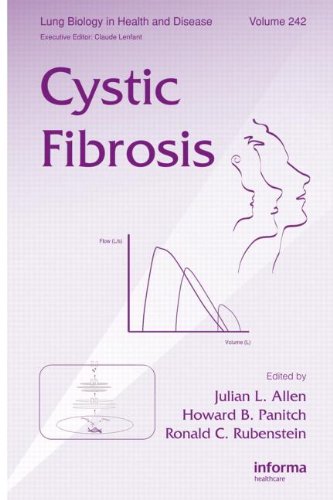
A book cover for Cystic Fibrosis (Lung Biology in Health and Disease); Health, Fitness & Dieting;